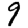
Digit: 9